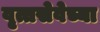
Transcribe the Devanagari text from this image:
वृत्तसेवेच्या